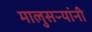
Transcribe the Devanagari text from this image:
मालुसऱ्यांनी